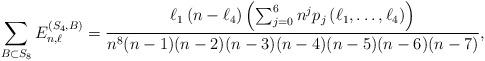
LaTeX: \begin{align*} \sum_{B\subset S_8} E^{(S_4,B)}_{n,\ell}&= \frac{\ell_1 \left( n-\ell_4 \right) \left( \sum_{j=0}^6 n^j p_j\left( \ell_1,\ldots,\ell_4 \right) \right) }{n^8 (n-1)(n-2)(n-3)(n-4)(n-5)(n-6)(n-7)},\end{align*}